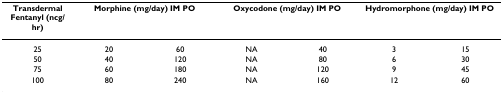
| Transdermal Fentanyl (ncg/hr) | <COLSPAN=2> Morphine (mg/day) IM PO | <COLSPAN=2> Oxycodone (mg/day) IM PO | <COLSPAN=2> Hydromorphone (mg/day) IM PO |
 | --- | --- | --- | --- | --- | --- | --- |
 | 25 | 20 | 60 | NA | 40 | 3 | 15 |
 | 50 | 40 | 120 | NA | 80 | 6 | 30 |
 | 75 | 60 | 180 | NA | 120 | 9 | 45 |
 | 100 | 80 | 240 | NA | 160 | 12 | 60 |